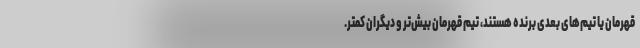
قهرمان یا تیم‌های بعدی برنده هستند، تیم قهرمان بیش‌تر و دیگران کمتر.